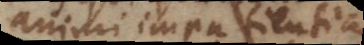
animi impatientia